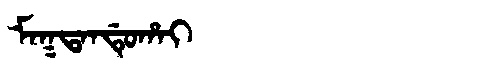
Manchu: ᠮᠠᡴᡨᠠᠨᡩᡠᡥᠠᡳ
Romanization: MAKTANDUHAI